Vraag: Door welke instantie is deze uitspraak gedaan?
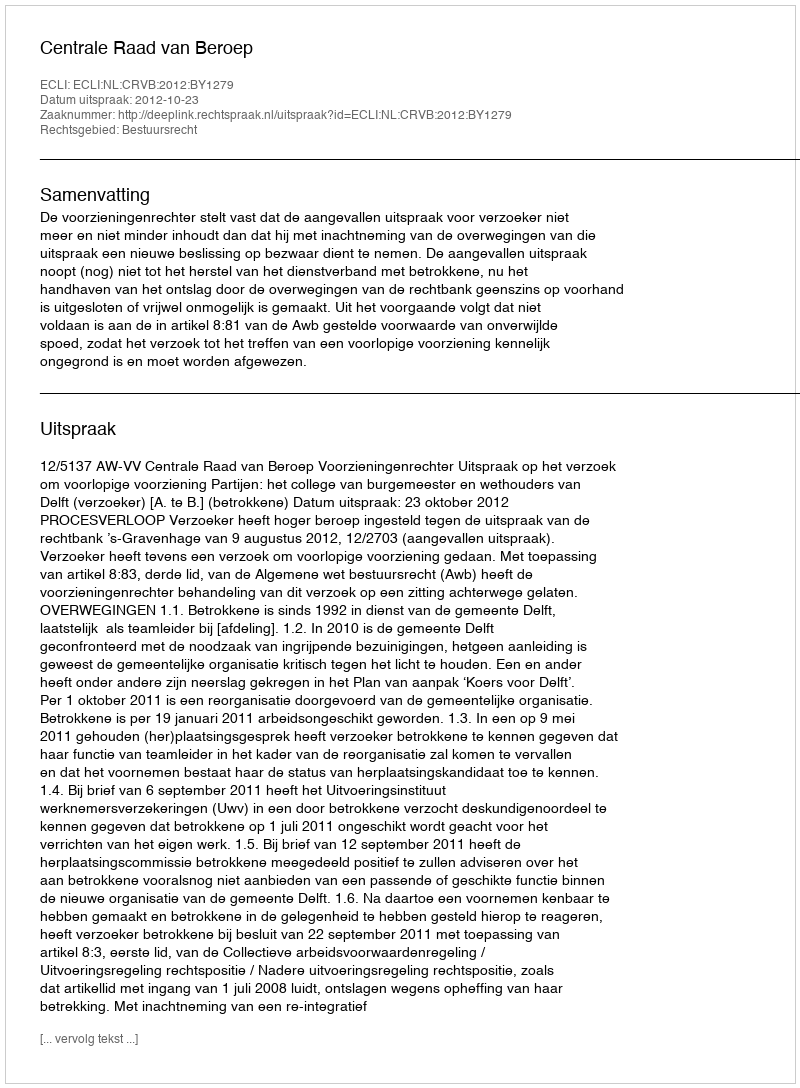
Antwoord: Centrale Raad van Beroep